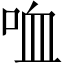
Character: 𠲣